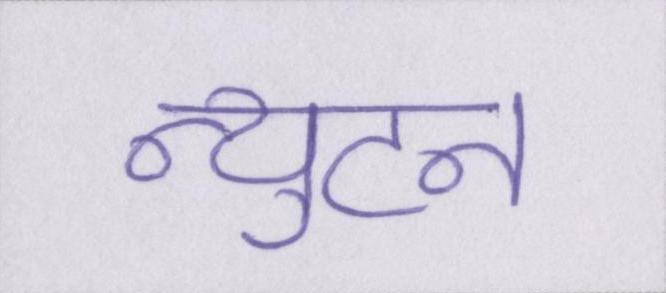
न्युटन